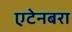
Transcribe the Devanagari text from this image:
एटेनबरा